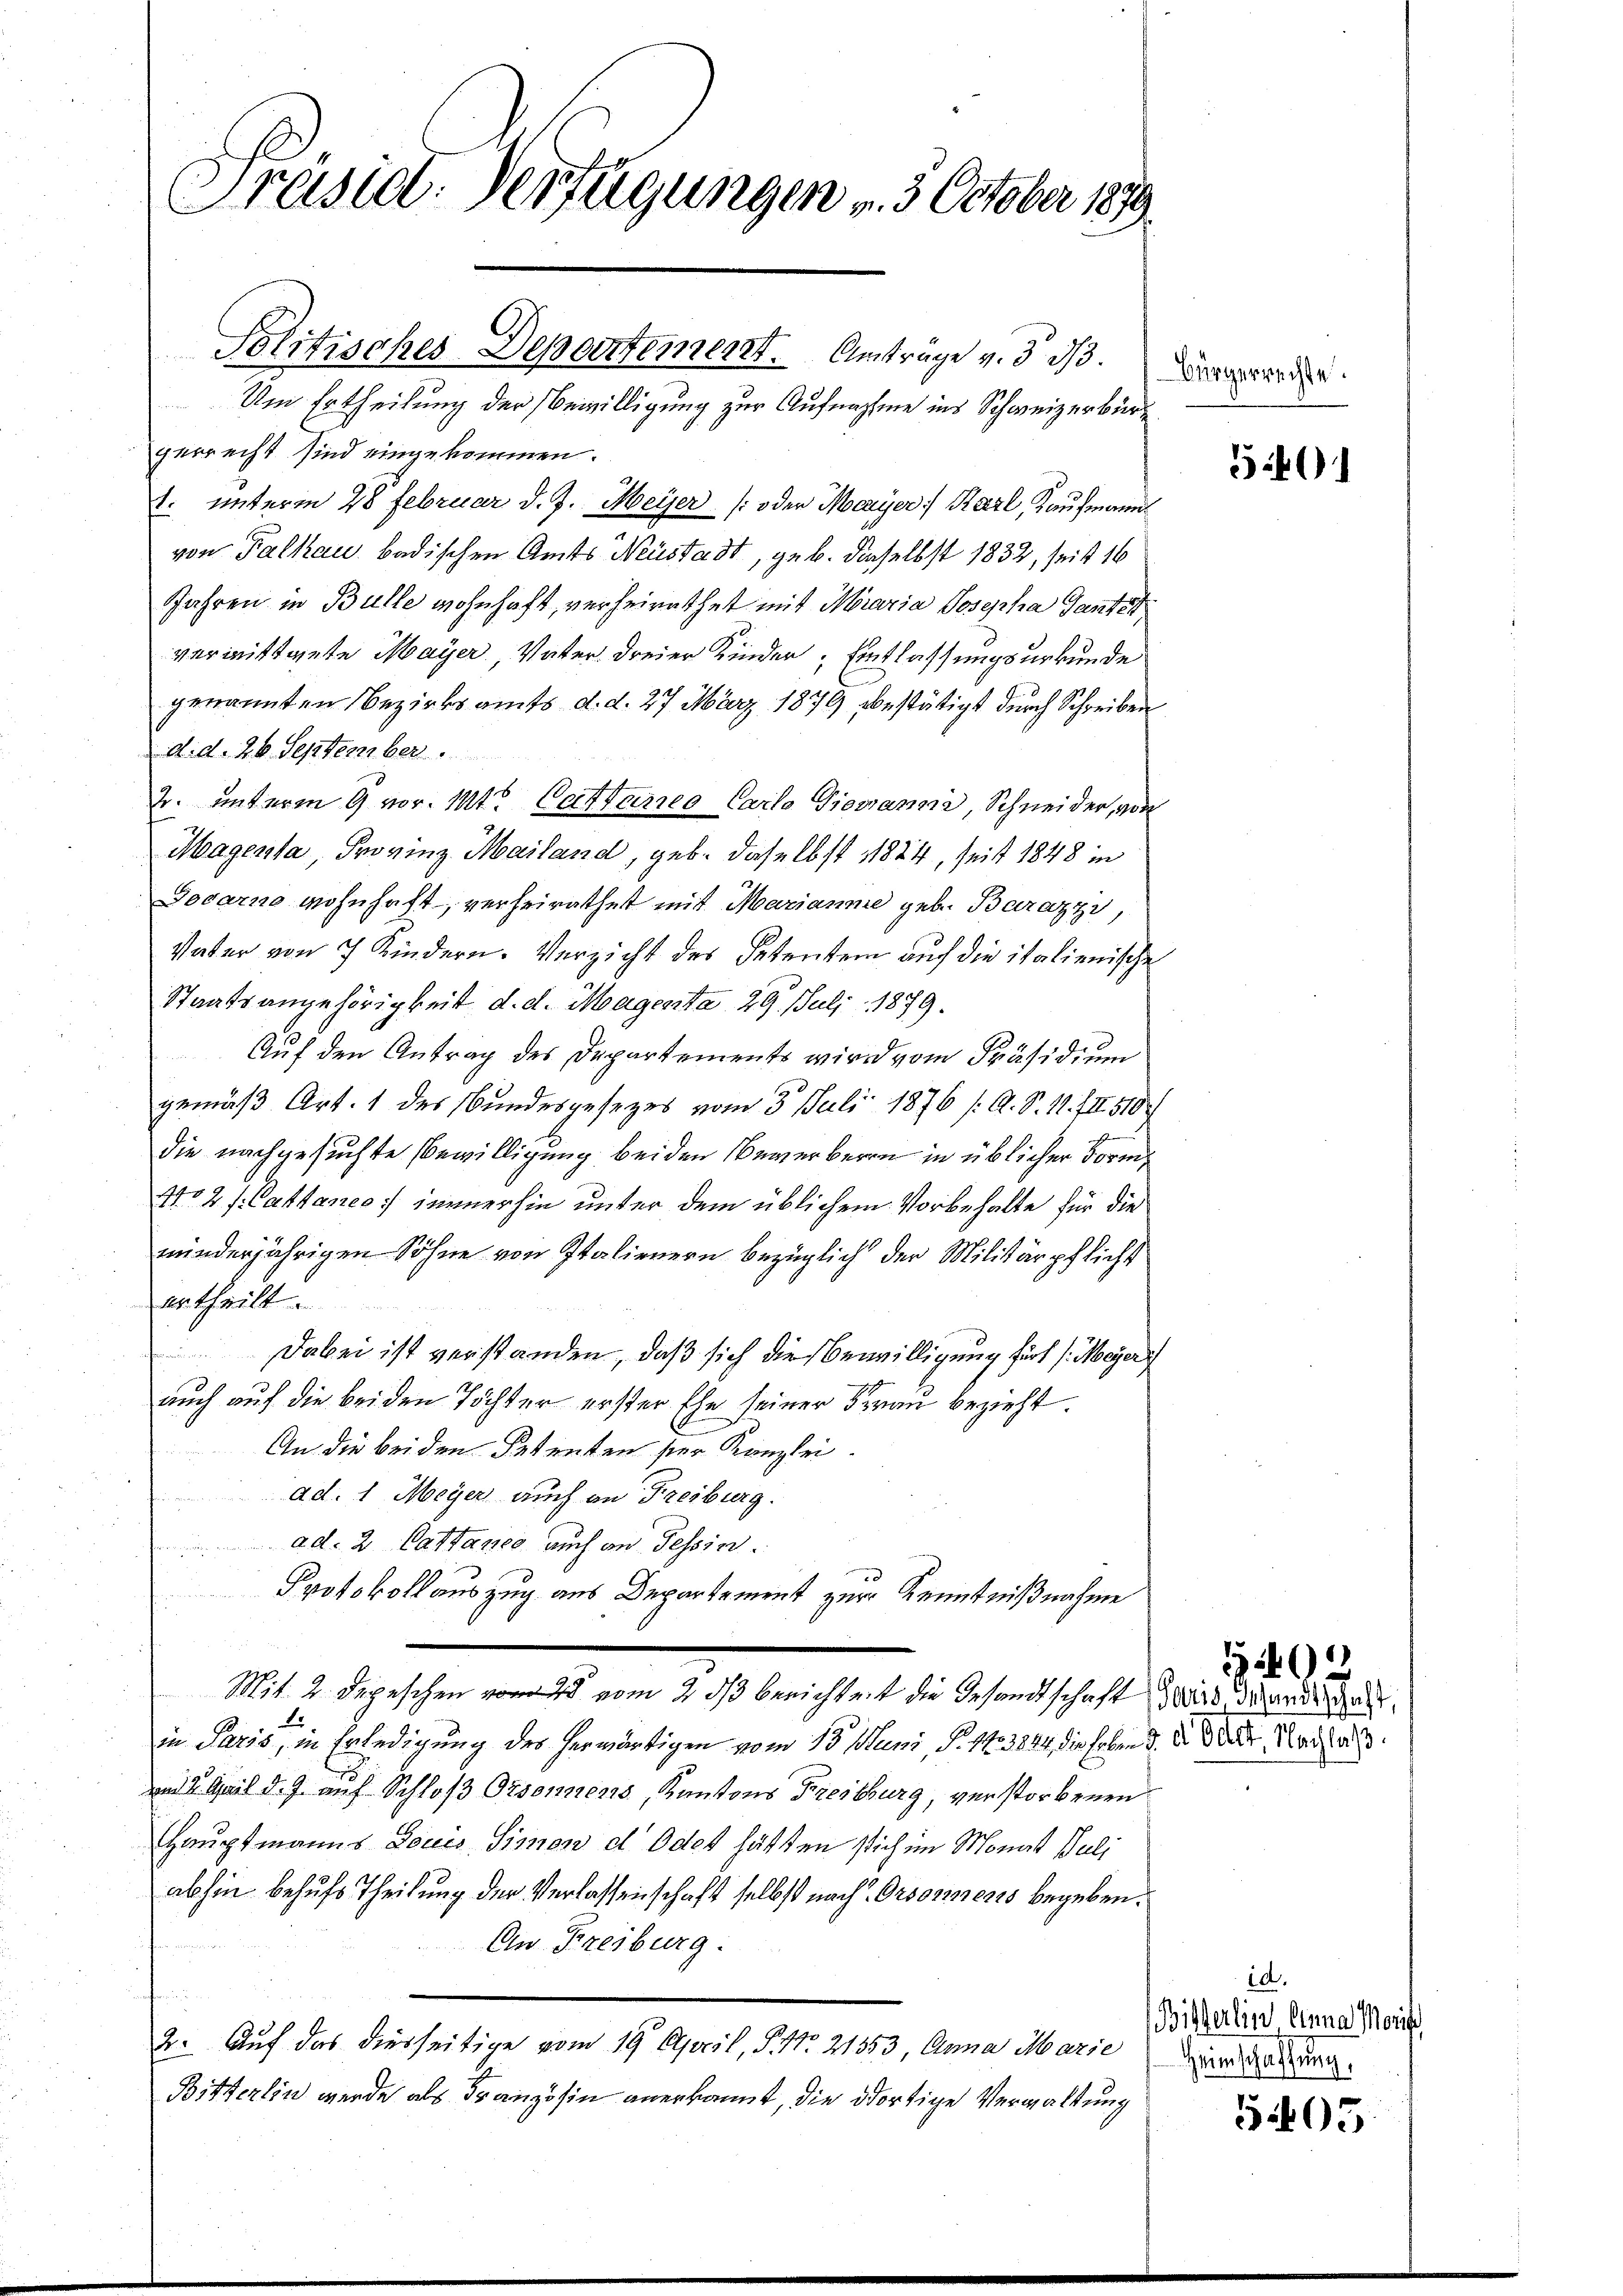
Präsidt-Verfügungen v. 3. October 189

Politisches Departement. Antrage v. 3. d.

Um Ertheilung der Bewilligung zur Aufnahme ins Schweizerbürg
gerrecht sind eingekommen.
t. unterm 28 Februar d. J. Meyer /: oder Meyer Karl, Kaufmann
von Falkau badischen Amts Neustadt, geb. daselbst 1832, seit 16
Jahren in Bulle wohnhaft, verheirathet mit Maria Josepha Tantel
vermittwete Mayer, Vater dreier Kinder, Entlassungsurkunde
genannten Bezirksamts d. d. 27. März 1879 bestätigt durch Schreiben
d.d. 26. September.
2. unterm 9 vor. Mt. Cattaneo Carlo Giovanni, Schneider, von
Magensa, Provinz Mailand, geb. daselbst 1824, seit 1848 in
Docarno wohnhaft, verheirathet mit Marianne geb. Barazzi,
Vater von 7 Kindern. Verzicht des Petentem auf die italienische
Staatsangehörigkeit d. d. Magenta 29. Juli 1879.
Auf den Antrag des Departements wird vom Präsidium
gemäß Art. 1 des Bundesgesezes vom 3. Juli 1876 /: A. S. 11. III 510
die nachgesuchte Bewilligung beiden Bewerberen in üblicher Forme
4102 f. Cathanes: immerhin unter dem üblichem Vorbehalte für die
minderjährigen Söhne von Italienern bezüglich der Militärpflicht
ertheilt.
Dabei ist verstanden, daß sich die Bewilligung fürs /: Meyer
auch auf die beiden Töchter erster Ehe seiner Frau bezieht.
An die bei den Petenten ser Kanzlei.
ad. 1 Meyer auch an Freiburg.
ad. 2. Cattanco auch an Tessin.
Protokollauszug aus Departement zur Kenntnißnahme
Mit 2 Depeschen von des vom 2. ds berichteit die Gesandtschaft die drand gen
2
in Paris, in Erledigung des herwärtigen vom 13. Juni, S. 143844, die haben d. d. Der Nach a
amd 2. April d. J. auf Schloß Orsonnens, Kantons Freibburg, verstorbenen
Hauptmanns Louis Simon d. Odet hätten sich im Monat Juli
abhin behufs Theilung der Verlassenschaft selbst nach Orsosinens begeben.
An Freiburg.
2. Auf das diesseitige vom 19. April, P. Nr. 21353, Anna Marie
Bitterlin werde als Französin anerkannt, die dortige Verwaltung

Bürgerrechte.

5401

1402

id.
Billerlin Einna Morit
Heimschaffung,

5405.